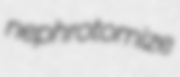
nephrotomize